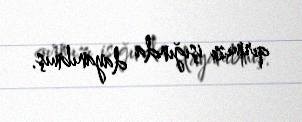
qırmızı işığında dayanıbmış.